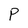
Character: P